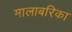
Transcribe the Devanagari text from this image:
मालाबरिका